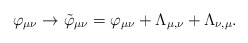
\begin{align*}\varphi_{\mu\nu} \rightarrow \tilde{\varphi}_{\mu\nu} = \varphi_{\mu\nu} +\Lambda_{\mu ,\nu} + \Lambda_{\nu , \mu} . \end{align*}